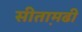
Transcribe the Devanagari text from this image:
सीता़मढी़